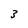
Character: 3